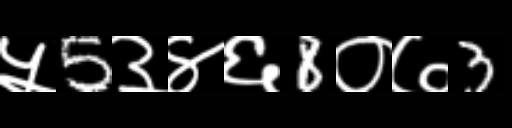
Text: ५5३४६8०७3